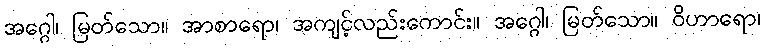
အဂ္ဂေါ၊ မြတ်သော။ အာစာရော၊ အကျင့်လည်းကောင်း။ အဂ္ဂေါ၊ မြတ်သော။ ဝိဟာရော၊